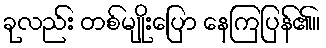
ခုလည်း တစ်မျိုးပြော နေကြပြန်၏။